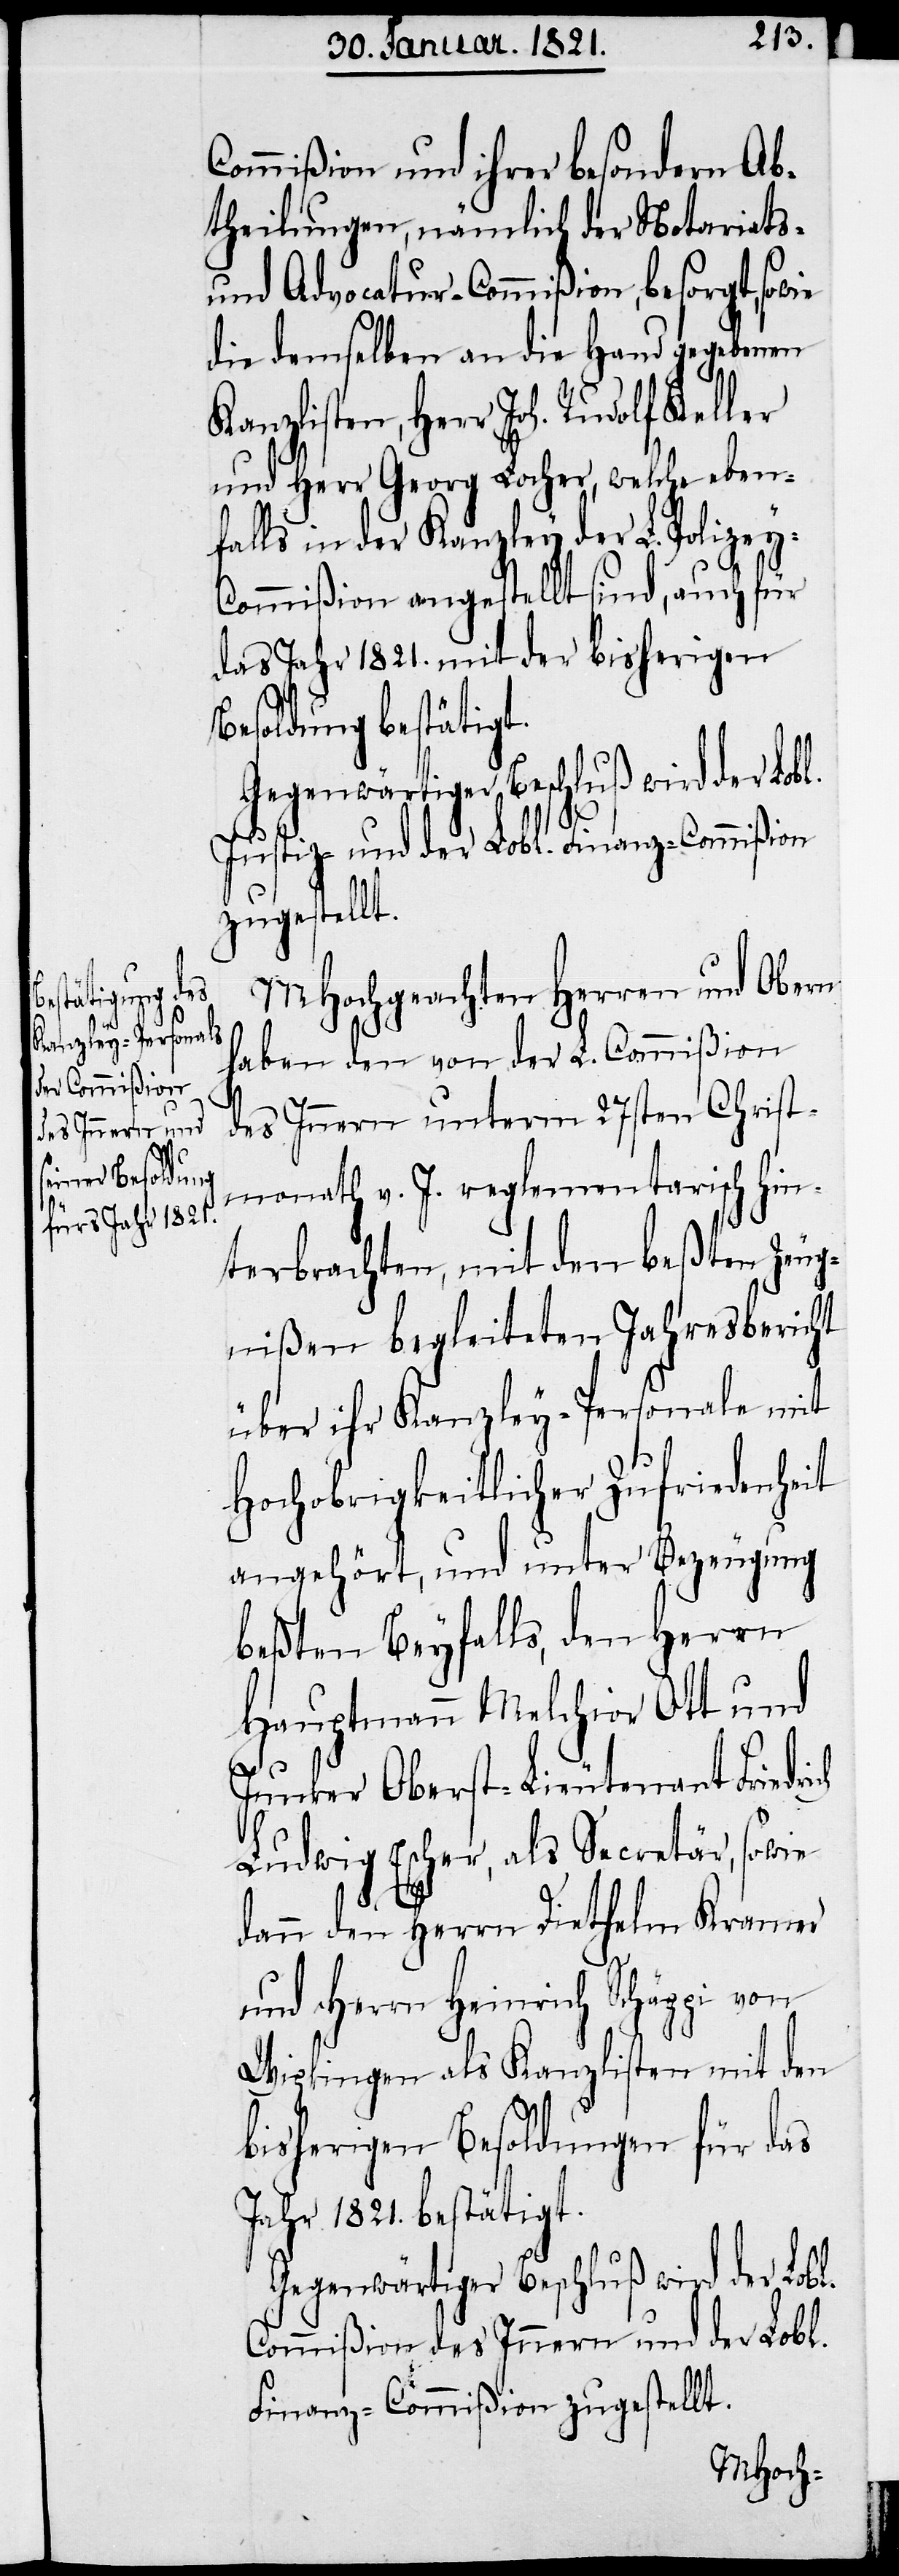
Commißion und ihrer besondern Ab¬
theilungen, nämlich der Notariats-
und Advocatur-Commißion, besorgt, so¬
die demselben an die Hand gegebenen
Kanzlisten, Herr Joh. Rudolf Keller
und Herr Georg Locher, welche eben¬
falls in der Kanzley der L. Polizey-C¬
ommißion angestellt sind, auch für
das Jahr 1821. mit der bisherigen
Besoldung bestätigt.
Gegenwärtiger Beschluß wird der Lobl.
Justiz- und der Lobl. Finanz-Commißion
zugestellt.
MHochgeachten Herren und Obern
haben den von der L. Commißion
des Innern unterm 27sten Christ¬
monath v. J. reglementarisch hin¬
terbrachten, mit den beßten Zeug¬
nißen begleiteten Jahresbericht
über ihr Kanzley-Personale mit
Hochobrigkeitlicher Zufriedenheit
angehört, und unter Bezeugung
beßten Beyfalls, den Herrn
Hauptmann Melchior Ott und
Junker Oberst-Lieutenant Friedr¬
Ludwig Escher, als Secretär, sowie
ich
dann den Herrn Diethelm Krauer
und Herrn Heinrich Schäppi von
Wipkingen als Kanzlisten mit den
bisherigen Besoldungen für das
Jahr 1821. bestätigt.
Gegenwärtiger Beschluß wird der Lobl.
Commißion des Innern und der Lobl.
Finanz-Commißion zugestellt.